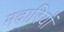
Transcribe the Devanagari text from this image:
मदारियों